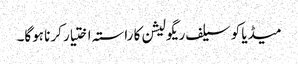
میڈیا کو سیلف ریگولیشن کا راستہ اختیار کرنا ہوگا۔